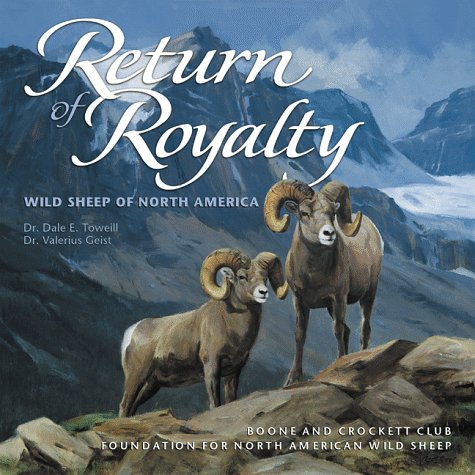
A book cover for Return of Royalty: Wild Sheep of North America; Dr. Dale E. Toweill; Sports & Outdoors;